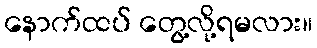
နောက်ထပ် တွေ့လို့ရမလား။